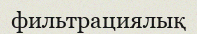
фильтрациялық